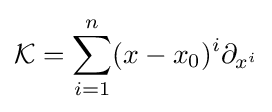
{\mathcal {K}}=\sum _{i=1}^{n}(x-x_{0})^{i}\partial _{x^{i}}